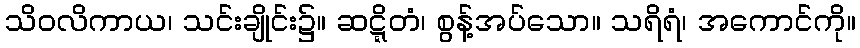
သိဝလိကာယ၊ သင်းချိုင်း၌။ ဆဋ္ဋိတံ၊ စွန့်အပ်သော။ သရိရံ၊ အကောင်ကို။